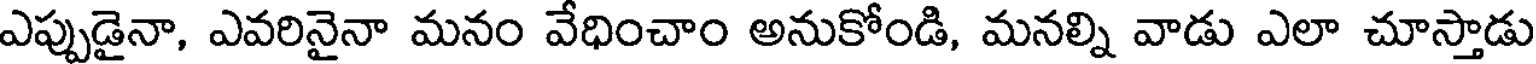
ఎప్పుడైనా, ఎవరినైనా మనం వేధించాం అనుకోండి, మనల్ని వాడు ఎలా చూస్తాడు